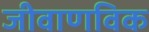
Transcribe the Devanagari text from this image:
जीवाणविक